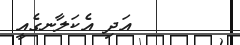
އަދި އެކަލާނގެއީ